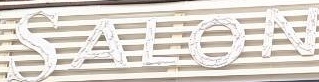
SALON